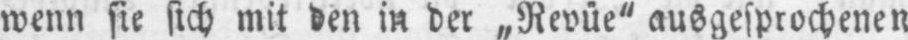
wenn sie sich mit den in der „Revüe“ ausgesprochenen